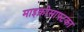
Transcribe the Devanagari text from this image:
माइक्रोसाफ्टका